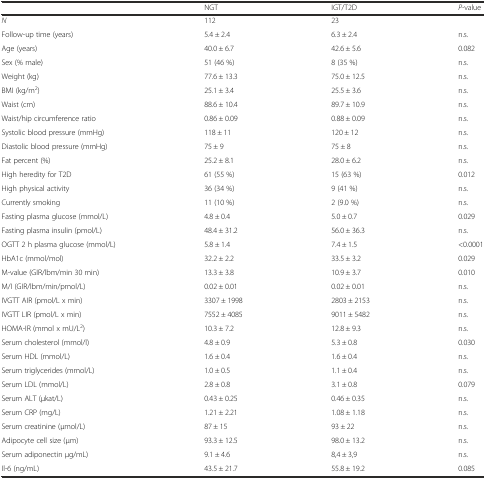
<table><thead><tr><td></td><td><b>NGT</b></td><td><b>IGT/T2D</b></td><td><b><i>P-</i>value</b></td></tr></thead><tbody><tr><td><i>N</i></td><td>112</td><td>23</td><td></td></tr><tr><td>Follow-up time (years)</td><td>5.4 ± 2.4</td><td>6.3 ± 2.4</td><td>n.s.</td></tr><tr><td>Age (years)</td><td>40.0 ± 6.7</td><td>42.6 ± 5.6</td><td>0.082</td></tr><tr><td>Sex (% male)</td><td>51 (46 %)</td><td>8 (35 %)</td><td>n.s.</td></tr><tr><td>Weight (kg)</td><td>77.6 ± 13.3</td><td>75.0 ± 12.5</td><td>n.s.</td></tr><tr><td>BMI (kg/m<sup>2</sup>)</td><td>25.1 ± 3.4</td><td>25.5 ± 3.6</td><td>n.s.</td></tr><tr><td>Waist (cm)</td><td>88.6 ± 10.4</td><td>89.7 ± 10.9</td><td>n.s.</td></tr><tr><td>Waist/hip circumference ratio</td><td>0.86 ± 0.09</td><td>0.88 ± 0.09</td><td>n.s.</td></tr><tr><td>Systolic blood pressure (mmHg)</td><td>118 ± 11</td><td>120 ± 12</td><td>n.s.</td></tr><tr><td>Diastolic blood pressure (mmHg)</td><td>75 ± 9</td><td>75 ± 8</td><td>n.s.</td></tr><tr><td>Fat percent (%)</td><td>25.2 ± 8.1</td><td>28.0 ± 6.2</td><td>n.s.</td></tr><tr><td>High heredity for T2D</td><td>61 (55 %)</td><td>15 (63 %)</td><td>0.012</td></tr><tr><td>High physical activity</td><td>36 (34 %)</td><td>9 (41 %)</td><td>n.s.</td></tr><tr><td>Currently smoking</td><td>11 (10 %)</td><td>2 (9.0 %)</td><td>n.s.</td></tr><tr><td>Fasting plasma glucose (mmol/L)</td><td>4.8 ± 0.4</td><td>5.0 ± 0.7</td><td>0.029</td></tr><tr><td>Fasting plasma insulin (pmol/L)</td><td>48.4 ± 31.2</td><td>56.0 ± 36.3</td><td>n.s.</td></tr><tr><td>OGTT 2 h plasma glucose (mmol/L)</td><td>5.8 ± 1.4</td><td>7.4 ± 1.5</td><td>&lt;0.0001</td></tr><tr><td>HbA1c (mmol/mol)</td><td>32.2 ± 2.2</td><td>33.5 ± 3.2</td><td>0.029</td></tr><tr><td>M-value (GIR/lbm/min 30 min)</td><td>13.3 ± 3.8</td><td>10.9 ± 3.7</td><td>0.010</td></tr><tr><td>M/I (GIR/lbm/min/pmol/L)</td><td>0.02 ± 0.01</td><td>0.02 ± 0.01</td><td>n.s.</td></tr><tr><td>IVGTT AIR (pmol/L x min)</td><td>3307 ± 1998</td><td>2803 ± 2153</td><td>n.s.</td></tr><tr><td>IVGTT LIR (pmol/L x min)</td><td>7552 ± 4085</td><td>9011 ± 5482</td><td>n.s.</td></tr><tr><td>HOMA-IR (mmol x mU/L<sup>2</sup>)</td><td>10.3 ± 7.2</td><td>12.8 ± 9.3</td><td>n.s.</td></tr><tr><td>Serum cholesterol (mmol/l)</td><td>4.8 ± 0.9</td><td>5.3 ± 0.8</td><td>0.030</td></tr><tr><td>Serum HDL (mmol/L)</td><td>1.6 ± 0.4</td><td>1.6 ± 0.4</td><td>n.s.</td></tr><tr><td>Serum triglycerides (mmol/L)</td><td>1.0 ± 0.5</td><td>1.1 ± 0.4</td><td>n.s.</td></tr><tr><td>Serum LDL (mmol/L)</td><td>2.8 ± 0.8</td><td>3.1 ± 0.8</td><td>0.079</td></tr><tr><td>Serum ALT (μkat/L)</td><td>0.43 ± 0.25</td><td>0.46 ± 0.35</td><td>n.s.</td></tr><tr><td>Serum CRP (mg/L)</td><td>1.21 ± 2.21</td><td>1.08 ± 1.18</td><td>n.s.</td></tr><tr><td>Serum creatinine (μmol/L)</td><td>87 ± 15</td><td>93 ± 22</td><td>n.s.</td></tr><tr><td>Adipocyte cell size (μm)</td><td>93.3 ± 12.5</td><td>98.0 ± 13.2</td><td>n.s.</td></tr><tr><td>Serum adiponectin μg/mL)</td><td>9.1 ± 4.6</td><td>8,4 ± 3,9</td><td>n.s.</td></tr><tr><td>Il-6 (ng/mL)</td><td>43.5 ± 21.7</td><td>55.8 ± 19.2</td><td>0.085</td></tr></tbody></table>